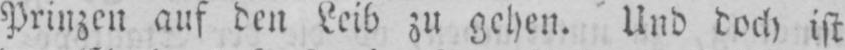
Prinzen auf den Leib zu gehen. Und doch ist